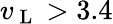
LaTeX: v_{\mathrm{~L~}}>3.4